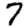
Digit: 7